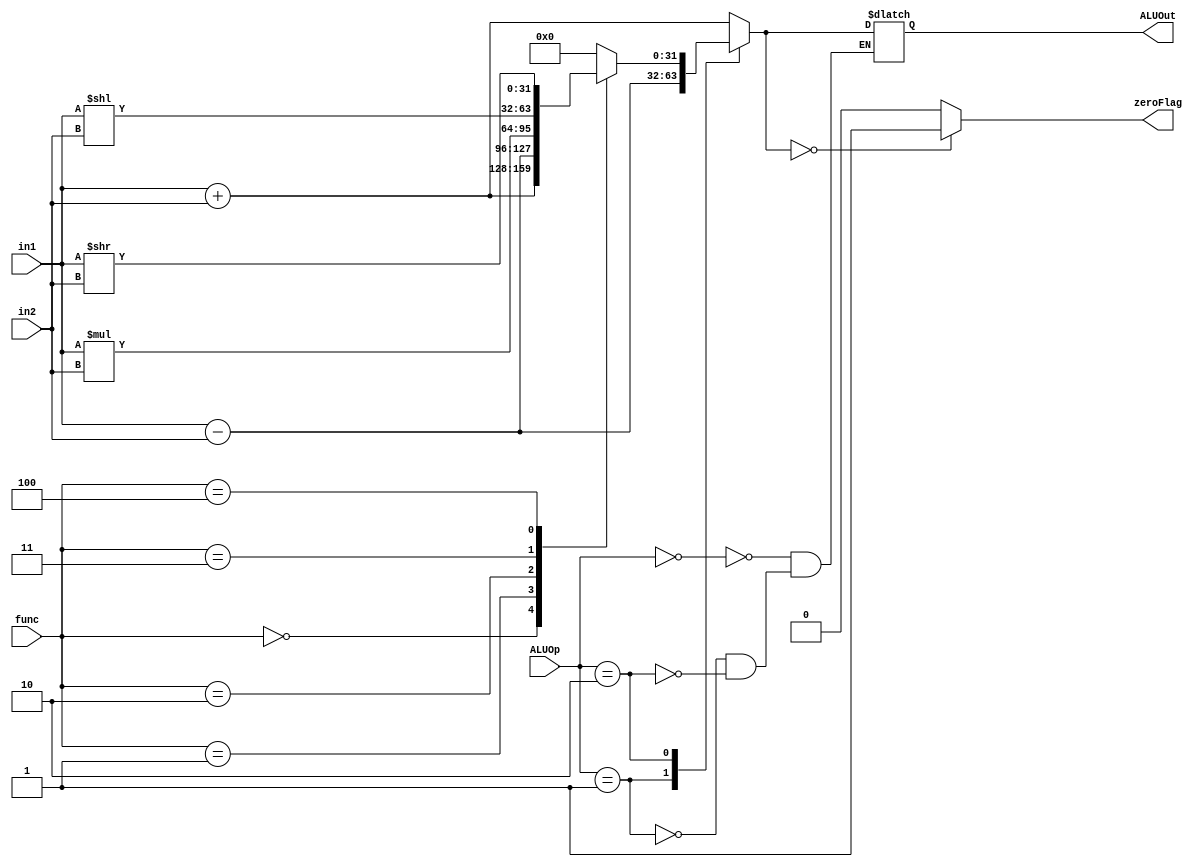
module ALU(ALUOut, zeroFlag, ALUOp, func, in1, in2);
  output reg zeroFlag;
  output reg [31:0] ALUOut;
  input [1:0] ALUOp;
  input [5:0] func;
  input [31:0] in1, in2;//in2 is also acts like shamt

  always @ (*)
    begin
      case (ALUOp)
        2'b 00: ALUOut = in1 + in2;
        2'b 01: ALUOut = in1 - in2;
        2'b 10: begin
          case (func)
            'd 0: ALUOut = in1 + in2;
            'd 1: ALUOut = in1 - in2;
            'd 2: ALUOut = in1 * in2;
            'd 3: ALUOut = in1 << in2;//shift left logical
            'd 4: ALUOut = in1 >> in2;
            default: ALUOut = 0;
          endcase
        end
      endcase
      
      if (ALUOut == 'd 0)
        zeroFlag = 1;
      else
        zeroFlag = 0;
    end
    
endmodule

module ALUtest;
  reg  [31:0] in1, in2;
  reg [1:0] ALUOp;
  reg [5:0] func;
  wire [31:0] ALUOut;
  wire zeroFlag;
  ALU alu(ALUOut, zeroFlag, ALUOp, func, in1, in2);
  initial
  begin
    ALUOp = 'd 0;//addition
    func = 'd 0;
    in1 = 'd 15;
    //in2 = 'd 24;
    
    #50
    in2 = 'd 24;
    ALUOp = 'd 1;//subtraction
    
    #50
    in2 = 'd 15;//zeroFlag Check
    
    #50
    ALUOp = 2'b 10;//R type addition
    
    #50;
    in2 = 'd 3;
    func = 'd 1;
    
    #50
    func = 'd 2;
    
    #50
    func = 'd 3;
    
    #50
    func = 'd 4;
  end
  
endmodule